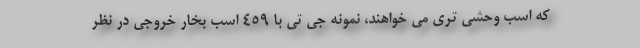
که اسب وحشی تری می خواهند، نمونه جی تی با 459 اسب بخار خروجی در نظر